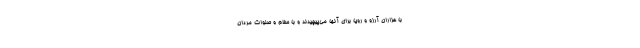
با هزاران آرزو و رويا براي آنها مي‌پيچيدند و با سلام و صلوات مردان